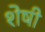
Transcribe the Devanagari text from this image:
शेषी